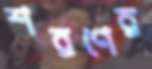
শরণের